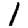
Digit: 1